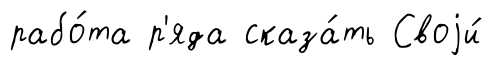
рабо́та р'яда сказа́ть Своjи́